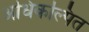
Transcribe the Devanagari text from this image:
अधिकल्पित